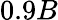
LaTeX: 0.9B